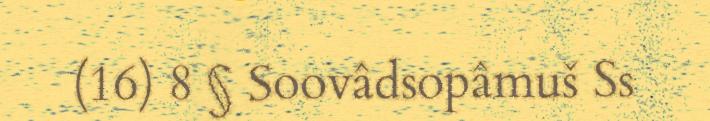
(16) 8 § Soovâdsopâmuš Ss